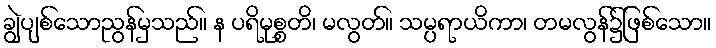
ချွဲပျစ်သောညွန်မှသည်။ န ပရိမုစ္စတိ၊ မလွတ်။ သမ္ပရာယိကာ၊ တမလွန်၌ဖြစ်သော။